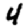
Digit: 4